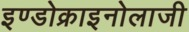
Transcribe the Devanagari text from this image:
इण्डोक्राइनोलाजी